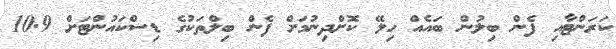
ކަރަންޓާއި ފެން ބިލުން ބައެއް ހިލޭ ކޮށްދިނުމަށް ފެން ބިލްތަކުގެ ޑިސްކައުންޓަށް 10.9